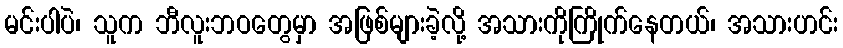
မင်းပါပဲ၊ သူက ဘီလူးဘဝတွေမှာ အဖြစ်များခဲ့လို့ အသားကိုကြိုက်နေတယ်၊ အသားဟင်း